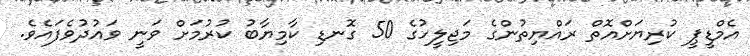
އެމްޑީޕީ ކުރިޔަށްއޮތް ރައްޔިތުންގެ މަޖިލީހުގެ 50 ގޮނޑި ކާމިޔާބު ކުރުމަށް ވަނީ ވައުދުވެފައެވެ.